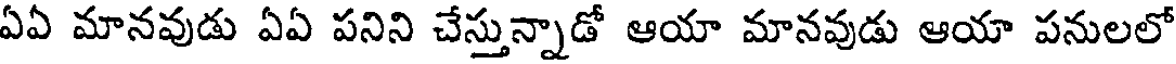
ఏఏ మానవుడు ఏఏ పనిని చేస్తున్నాడో ఆయా మానవుడు ఆయా పనులలో